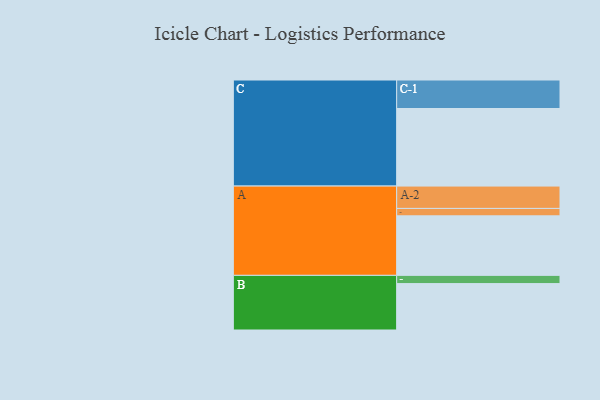
{"axis": {"x": "Segment", "y": "Value"}, "legend": ["", "A", "B", "C"], "data": [{"x": "A", "y": 426, "type": ""}, {"x": "B", "y": 332, "type": ""}, {"x": "C", "y": 555, "type": ""}, {"x": "A-1", "y": 53, "type": "A"}, {"x": "A-2", "y": 160, "type": "A"}, {"x": "B-1", "y": 59, "type": "B"}, {"x": "C-1", "y": 204, "type": "C"}]}